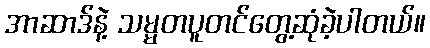
အာဆာဒ်နဲ့ သမ္မတပူတင်တွေ့ဆုံခဲ့ပါတယ်။